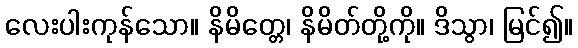
လေးပါးကုန်သော။ နိမိတ္တေ၊ နိမိတ်တို့ကို။ ဒိသွာ၊ မြင်၍။